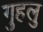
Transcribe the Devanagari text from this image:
गुहलु